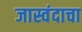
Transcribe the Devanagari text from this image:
जास्वंदाचा